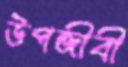
উপজীবী